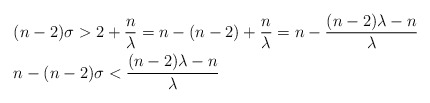
\begin{align*} & (n-2)\sigma>2+\frac{n}{\lambda}=n-(n-2)+\frac{n}{\lambda}=n-\frac{(n-2)\lambda-n}{\lambda}\\ & n-(n-2)\sigma<\frac{(n-2)\lambda-n}{\lambda} \end{align*}